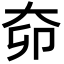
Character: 奅